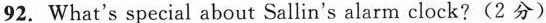
92. What's special about Sallin's alarn clock?(2 分)